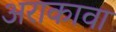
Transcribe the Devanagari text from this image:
अराकावा